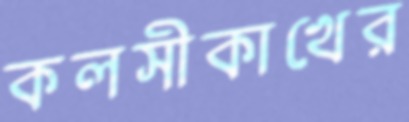
কলসীকাখের